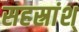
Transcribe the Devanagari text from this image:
सहस्रांश्